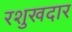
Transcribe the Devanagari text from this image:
रशुखदार